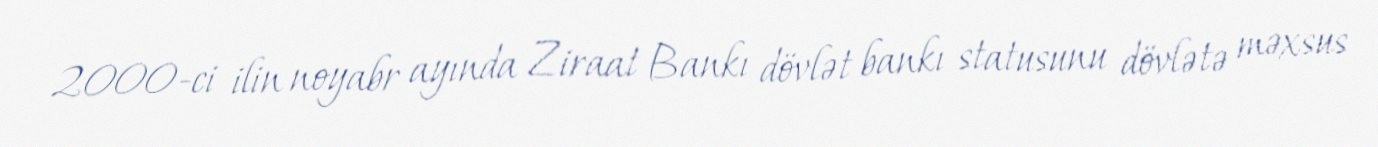
2000-ci ilin noyabr ayında Ziraat Bankı dövlət bankı statusunu dövlətə məxsus